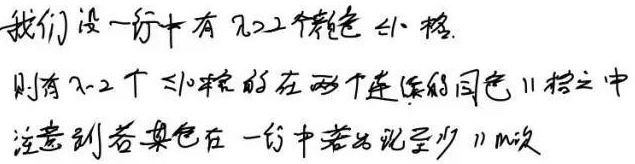
我们设一行中有 \(n\) 个彩色小格。则有 \(n - 2\) 个小格在两个连续的同色小格之中。注意到若某色在一行中出现至少 \(11\) 次。